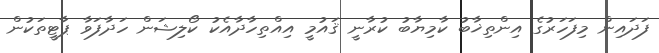
ފަދައިން މިފަހަރުގެ އިންތިޚާބު ކާމިޔާބު ކުރާނީ ޤައުމީ އިއްތިހާދާއެކު ކޯލިޝަން ހަދާފަވާ ޕާޓީތަކުން